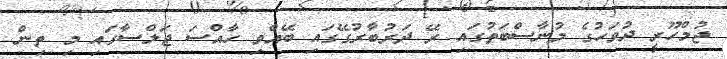
ޖުމްހޫރީ ދުވަހުގެ މުނާސްބަތުގައި ރޭ ދަރުބާރުގޭގައި ބޭއްވި ހާއްސަ ޖަލްސާގައި މި ތިން